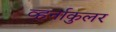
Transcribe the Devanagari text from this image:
व्हर्नाकुलर